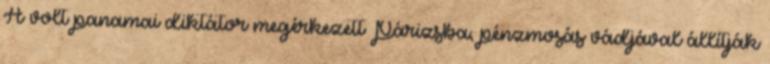
A volt panamai diktátor megérkezett Párizsba, pénzmosás vádjával állítják